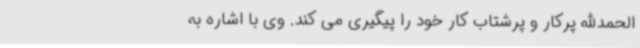
الحمدالله پرکار و پرشتاب کار خود را پیگیری می کند. وی با اشاره به